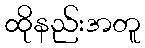
ထိုနည်းအတူ